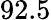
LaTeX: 92.5